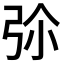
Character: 𢏏